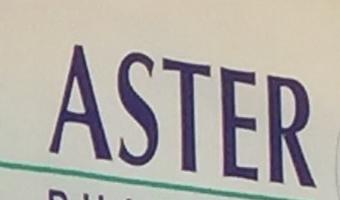
aster